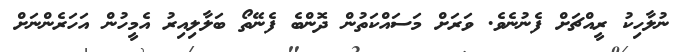
ނުލާހިކު ރީއްޗަށް ފެނުނެވެ. ވަރަށް މަސައްކަތުން ދޮންބެ ފެނޭތޯ ބަލާލިއިރު އެމީހުން އަހަރެންނަށް